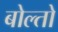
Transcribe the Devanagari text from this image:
बोल्तो